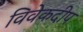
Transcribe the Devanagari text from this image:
विवेकदीप